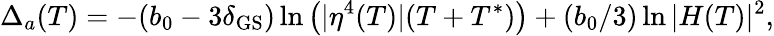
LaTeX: \Delta_{a}(T)=-(b_{0}-3\delta_{\mathrm{GS}})\ln\left(|\eta^{4}(T)|(T+T^{*})\right)+(b_{0}/3)\ln|H(T)|^{2},